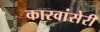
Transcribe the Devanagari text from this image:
कारवांसेरी